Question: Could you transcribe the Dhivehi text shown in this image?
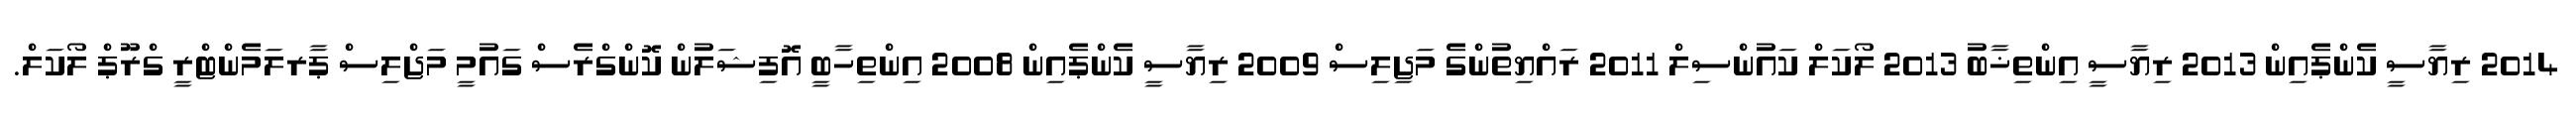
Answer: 2014 ރިޔާސީ ކެންޕެއިން 2013 ރިޔާސީ އިންތިޚާބު 2013 ލޯކަލް ކައުންސިލް 2011 ރައްޔިތުންގެ މަޖިލިސް 2009 ރިޔާސީ ކެންޕެއިން 2008 އިންތިހާބީ އޮފިޝަލުން ކޮންގްރެސް ގައުމީ މަޖްލިސް ޕާރލަމެންޓްރީ ގްރޫޕް ލޯކަލް.